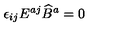
\epsilon _ { i j } E ^ { a j } \widehat B ^ { a } = 0